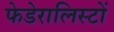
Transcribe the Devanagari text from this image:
फेडेरालिस्टों